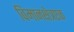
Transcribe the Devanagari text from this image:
विमानक्षेत्रएक